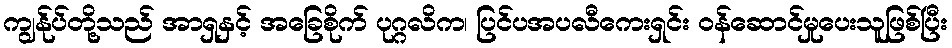
ကျွန်ုပ်တို့သည် အာရှနှင့် အခြေစိုက် ပုဂ္ဂလိက၊ ပြင်ပအပလီကေးရှင်း ဝန်ဆောင်မှုပေးသူဖြစ်ပြီး